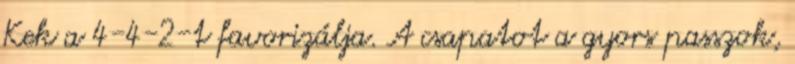
Kek a 4-4-2-t favorizálja. A csapatot a gyors passzok,